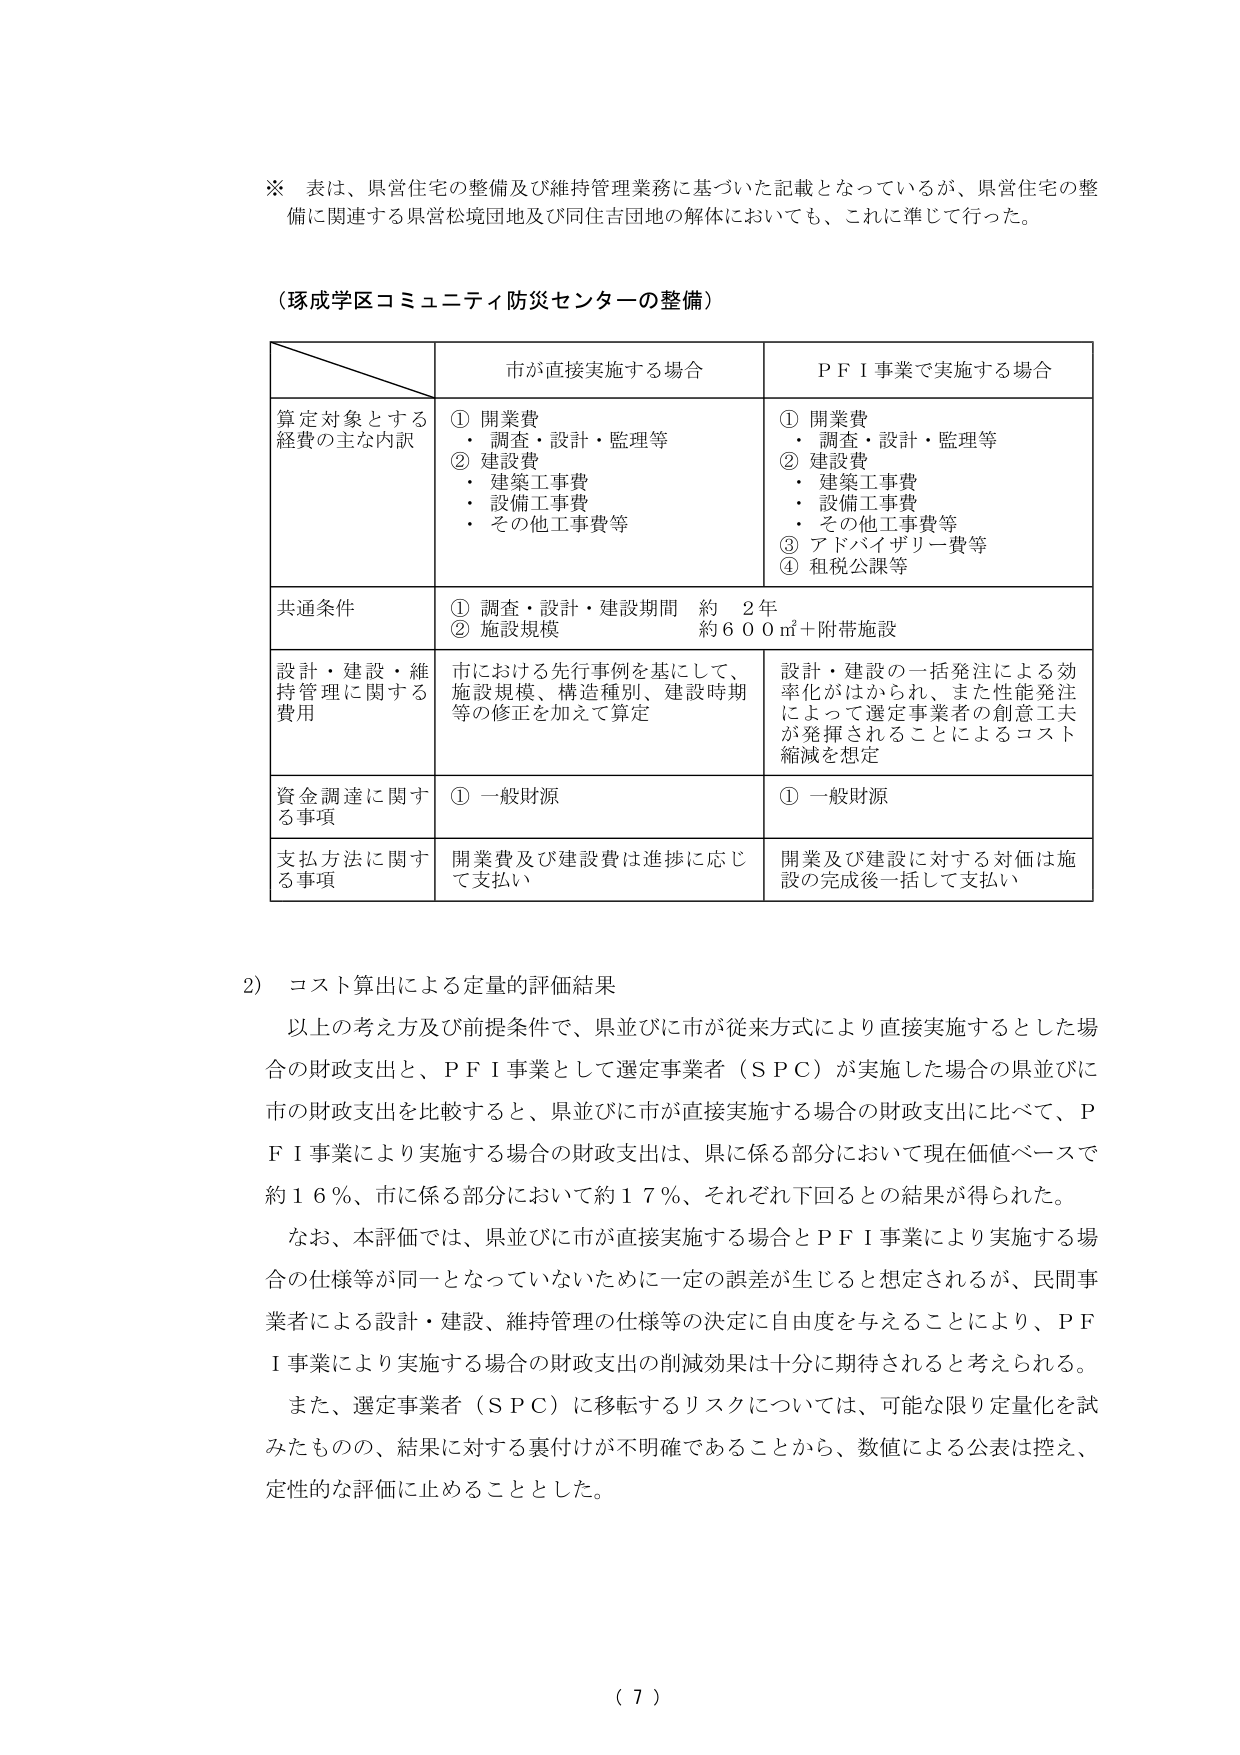
※ 表は、県営住宅の整備及び維持管理業務に基づいた記載となっているが、県営住宅の整備に関連する県営松境団地及び同住吉団地の解体においても、これに準じて行った。

（琢成学区コミュニティ防災センターの整備）

市が直接実施する場合　　ＰＦＩ事業で実施する場合

算定対象とする経費の主な内訳
① 開業費
・ 調査・設計・監理等
② 建設費
・ 建築工事費
・ 設備工事費
・ その他工事費等

① 開業費
・ 調査・設計・監理等
② 建設費
・ 建築工事費
・ 設備工事費
・ その他工事費等
③ アドバイザリー費等
④ 租税公課等

共通条件
① 調査・設計・建設期間　約　２年
② 施設規模　　約６００㎡＋附帯施設

設計・建設・維持管理に関する費用
市における先行事例を基にして、施設規模、構造種別、建設時期等の修正を加えて算定

設計・建設の一括発注による効率化がはかられ、また性能発注によって選定事業者の創意工夫が発揮されることによるコスト縮減を想定

資金調達に関する事項
① 一般財源

① 一般財源

支払方法に関する事項
開業費及び建設費は進捗に応じて支払い

開業及び建設に対する対価は施設の完成後一括して支払い

2） コスト算出による定量的評価結果
以上の考え方及び前提条件で、県並びに市が従来方式により直接実施するとした場合の財政支出と、ＰＦＩ事業として選定事業者（ＳＰＣ）が実施した場合の県並びに市の財政支出を比較すると、県並びに市が直接実施する場合の財政支出に比べて、ＰＦＩ事業により実施する場合の財政支出は、県に係る部分において現在価値ベースで約１６％、市に係る部分において約１７％、それぞれ下回るとの結果が得られた。

なお、本評価では、県並びに市が直接実施する場合とＰＦＩ事業により実施する場合の仕様等が同一となっていないために一定の誤差が生じると想定されるが、民間事業者による設計・建設、維持管理の仕様等の決定に自由度を与えることにより、ＰＦＩ事業により実施する場合の財政支出の削減効果は十分に期待されると考えられる。

また、選定事業者（ＳＰＣ）に移転するリスクについては、可能な限り定量化を試みたものの、結果に対する裏付けが不明確であることから、数値による公表は控え、定性的な評価に止めることとした。

（７）